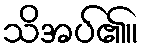
သိအပ်၏။